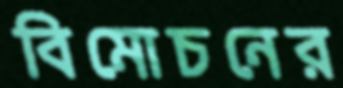
বিমোচনের